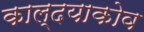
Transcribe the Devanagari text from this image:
काल्दयाकोव